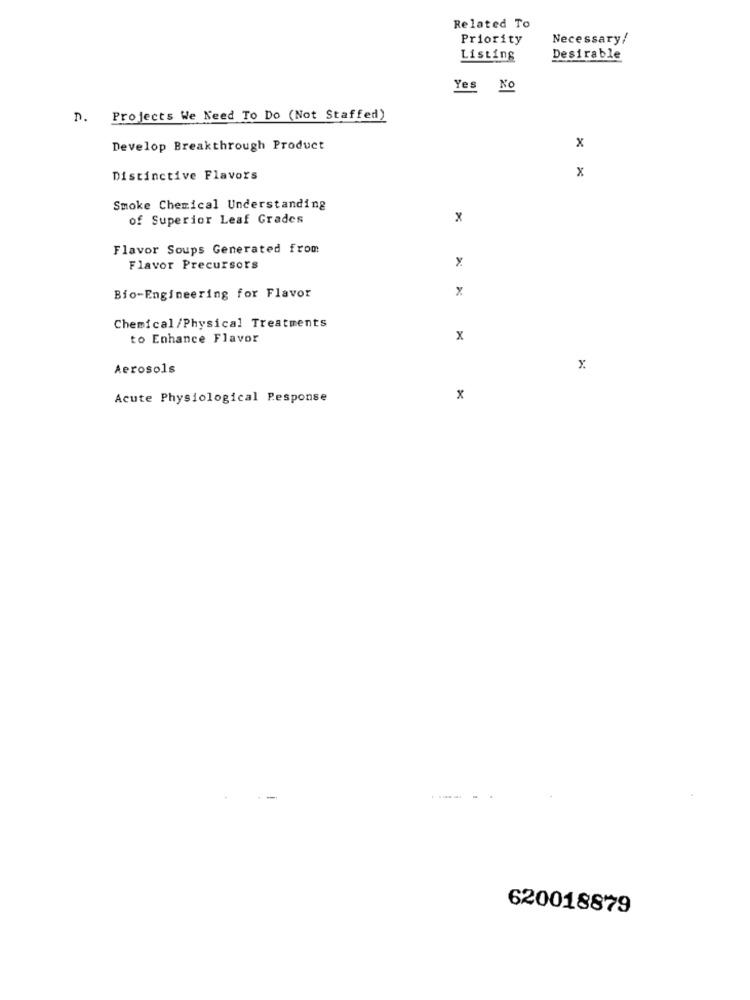
Related To
Priority
Necessary/
Listing
Desirable
Yes No
n.
Projects We Need To Do (Not Staffed)
Develop Breakthrough Product
x
Distinctive Flavors
x
Smoke Chemical Understanding
of Superior Leaf Grades
x
Flavor Soups Generated from
x
Flavor Precursors
x
Bio-Engineering for Flavor
Chemical/Physical Treatments
to Enhance Flavor
x
Aerosols
x
Acute Physiological Response
x
620018879